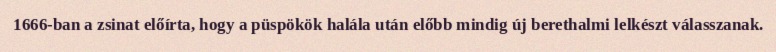
1666-ban a zsinat előírta, hogy a püspökök halála után előbb mindig új berethalmi lelkészt válasszanak.